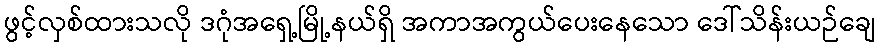
ဖွင့်လှစ်ထားသလို ဒဂုံအရှေ့မြို့နယ်ရှိ အကာအကွယ်ပေးနေသော ဒေါ်သိန်းယဉ်ချေ